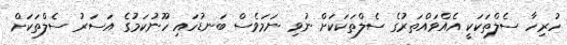
ހުރިހާ ސެލްތަކަކީ އެއްވައްތަރުގެ ސެލްތަކަކަށް ނުވި ނަމަވެސް ބަނޑުހައި ހޫނުކަމުގެ އަސަރު ސެލްތަކަށް